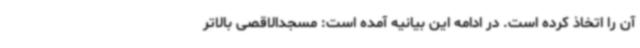
آن را اتخاذ کرده است. در ادامه این بیانیه آمده است: مسجدالاقصی بالاتر